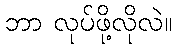
ဘာ လုပ်ဖို့လိုလဲ။